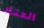
العتاد